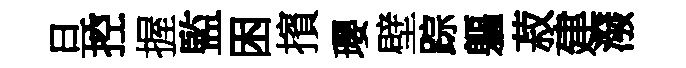
旦控握監困擯瓔壁踪軀菽建潑